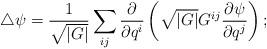
LaTeX: \begin{align*}\triangle\psi=\frac{1}{\sqrt{|G|}}\sum_{ij}\frac{\partial}{\partial q^{i}}\left(\sqrt{\left|G\right|}G^{ij}\frac{\partial\psi}{\partial q^{j}}\right);\end{align*}